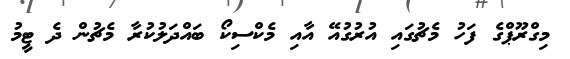
މިގްރޫޕްގެ ފަހު މެޗުގައި އުރުގުއޭ އާއި މެކްސިކޯ ބައްދަލުކުރާ މެޗުން ދެ ޓީމު